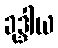
ခုဒ္ဒါယ